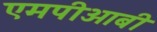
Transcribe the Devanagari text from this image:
एमपीओबी